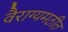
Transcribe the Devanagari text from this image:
वैराग्यमठीत